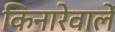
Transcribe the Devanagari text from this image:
किनारेवालें